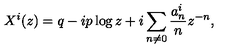
X ^ { i } ( z ) = q - i p \log z + i \sum _ { n \neq 0 } { \frac { a _ { n } ^ { i } } { n } } z ^ { - n } ,